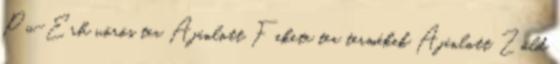
Pu-Erh vörös tea Ajánlott Fekete tea termékek Ajánlott Zöld